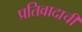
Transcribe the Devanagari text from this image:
प्रतिवादाची